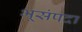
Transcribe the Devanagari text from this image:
भूसंपदा